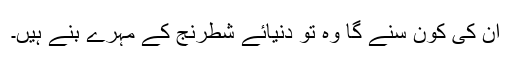
ان کی کون سنے گا وہ تو دنیائے شطرنج کے مہرے بنے ہیں۔